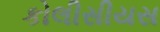
કોલીસીયસ